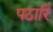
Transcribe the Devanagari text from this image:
पठारिं